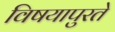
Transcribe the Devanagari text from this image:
विषयापुरते